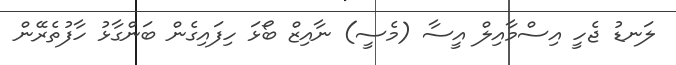
ލަނޑު ޖެހީ އިސްމާއިލް އީސާ (މެސީ) ނާއިޒް ބޯޅަ ހިފައިގެން ބަންގާޅު ހާފުތެރޭން